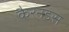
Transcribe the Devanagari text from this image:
कैरनडस